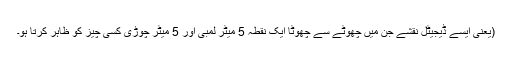
(یعنی ایسے ڈیجیٹل نقشے جن میں چھوٹے سے چھوٹا ایک نقطہ 5 میٹر لمبی اور 5 میٹر چوڑی کسی چیز کو ظاہر کرتا ہو۔